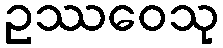
ဥဿဝေသု